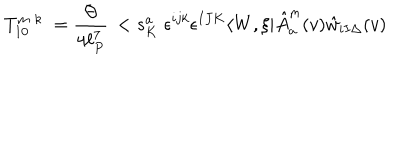
LaTeX: T _ { 1 0 } ^ { m \; k } \; = \frac { \Theta } { 4 \ell _ { P } ^ { 7 } } \, < s _ { K } ^ { a } \; \epsilon ^ { i j k } \epsilon ^ { I J K } \langle W , \xi | \hat { A } _ { a } ^ { m } ( v ) \hat { w } _ { i I \Delta } ( v )